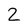
Character: 2